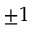
\pm 1